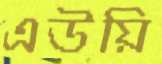
এউয়ি